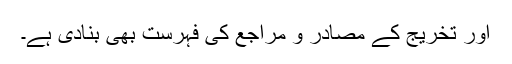
اور تخریج کے مصادر و مراجع کی فہرست بھی بنادی ہے۔